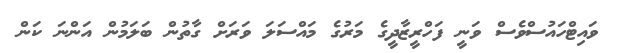
ވައިޓްހައުސްވެސް ވަނީ ފަހްރީޒާދީގެ މަރުގެ މައްސަލަ ވަރަށް ގާތުން ބަލަމުން އަންނަ ކަން